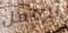
العمل